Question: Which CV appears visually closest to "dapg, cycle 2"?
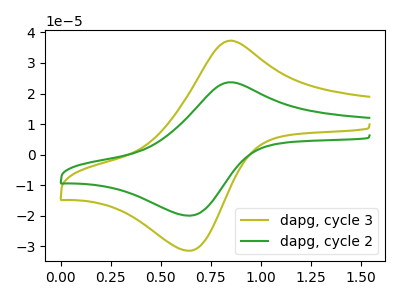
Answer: <think>The olive curve "dapg, cycle 3" has an anodic peak at (0.85V, 37.30uA) and a cathodic peak at (0.65V, -31.45uA). The green curve "dapg, cycle 2" has an anodic peak at (0.85V, 23.70uA) and a cathodic peak at (0.65V, -20.00uA).
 All the peaks in "dapg, cycle 3" have a peak in "dapg, cycle 2" at the same potential. Every peak in "dapg, cycle 3" is higher than every peak in "dapg, cycle 2".</think>
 <answer>The CV with the most similar shape to "dapg, cycle 3" is "dapg, cycle 2".</answer>
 <eval>"dapg, cycle 2"</eval>